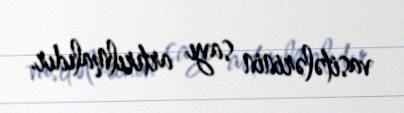
vasitələrinin sayı artırılmalıdır.